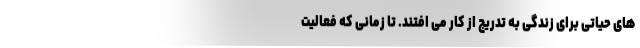
های حیاتی برای زندگی به تدریج از کار می افتند. تا زمانی که فعالیت